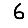
Digit: 6